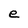
Character: e